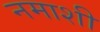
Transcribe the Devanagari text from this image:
नमाशी